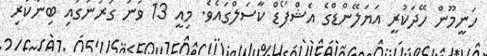
ހަނީމޫން ހޭދަކުރީ އަޔަލޭންޑްގެ އެޝްފޯޑް ކާސަލްގައެވެ. މިއީ 13 ވަނަ ގަރުނުގައި ބިނާކުރި